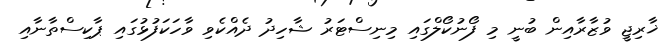
ޚާރިޖީ ވުޒާރާއިން ބުނީ މި ފޯނުކޯލްގައި މިނިސްޓަރު ޝާހިދު ދެއްކެވި ވާހަކަފުޅުގައި ޕާކިސްތާނާއި